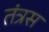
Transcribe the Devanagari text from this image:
तंत्रस